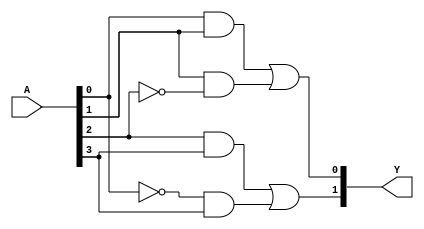
module PAL (
    input wire [N-1:0] A,        // Inputs: A[0] to A[N-1]
    output wire [M-1:0] Y        // Outputs: Y[0] to Y[M-1]
);
    parameter N = 4;             // Number of inputs
    parameter M = 2;             // Number of outputs
    parameter P = 4;             // Number of AND gates

    // Internal wires to connect AND gates to OR gates
    wire [P-1:0] and_out;        // Outputs from the AND gates

    // Programmable AND gates
    // Each AND gate can be programmed for different combinations of inputs
    assign and_out[0] = A[0] & A[1];              // Example: AND gate 1
    assign and_out[1] = A[1] & ~A[2];             // Example: AND gate 2
    assign and_out[2] = A[2] & A[3];              // Example: AND gate 3
    assign and_out[3] = ~A[0] & A[3];             // Example: AND gate 4

    // Fixed OR gates
    assign Y[0] = and_out[0] | and_out[1];        // Example: OR gate 1
    assign Y[1] = and_out[2] | and_out[3];        // Example: OR gate 2

endmodule